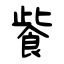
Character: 飺